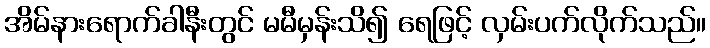
အိမ်နားရောက်ခါနီးတွင် မမီမှန်းသိ၍ ရေဖြင့် လှမ်းပက်လိုက်သည်။